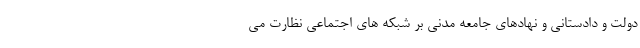
دولت و دادستانی و نهادهای جامعه مدنی بر شبکه های اجتماعی نظارت می